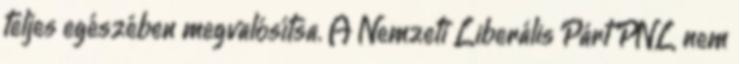
teljes egészében megvalósítsa. A Nemzeti Liberális Párt PNL nem